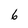
Character: 6